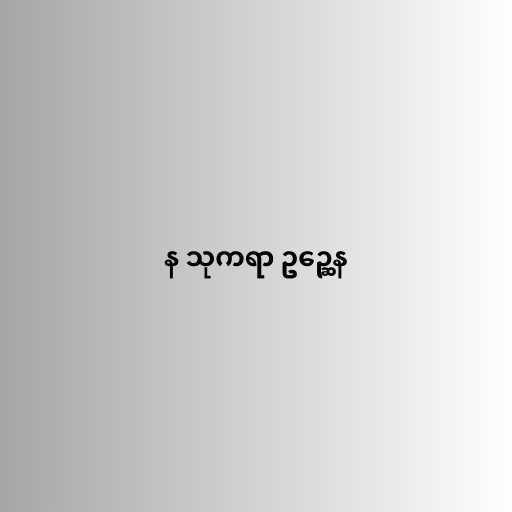
န သုကရာ ဥဉ္ဆေန